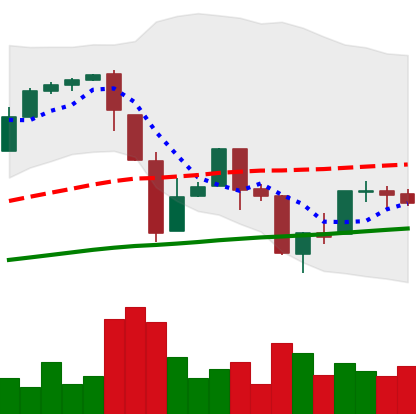
Ticker: BTC-USD
Chart end date: 2017-03-30
Forward return: 10.407%
Label: up_7plus